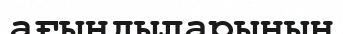
ағындыларының